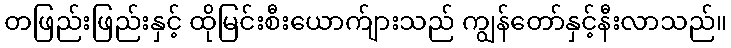
တဖြည်းဖြည်းနှင့် ထိုမြင်းစီးယောက်ျားသည် ကျွန်တော်နှင့်နီးလာသည်။